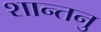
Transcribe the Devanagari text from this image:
शान्‍तनु